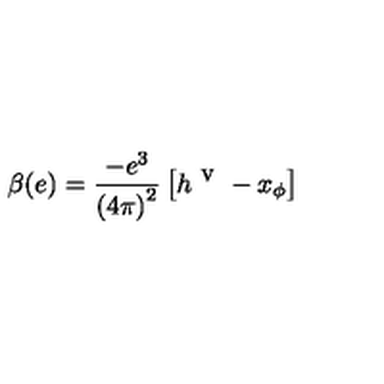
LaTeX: \beta ( e ) = \frac { - e ^ { 3 } } { \left( 4 \pi \right) ^ { 2 } } \left[ h ^ { \textrm { v } } - x _ { \phi } \right]